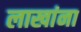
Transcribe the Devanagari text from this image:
लाखांना